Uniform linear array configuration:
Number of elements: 12
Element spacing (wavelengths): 0.25
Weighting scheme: hann
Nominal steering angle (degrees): -45
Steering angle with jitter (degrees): -45.064
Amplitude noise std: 0.05
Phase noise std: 0.05

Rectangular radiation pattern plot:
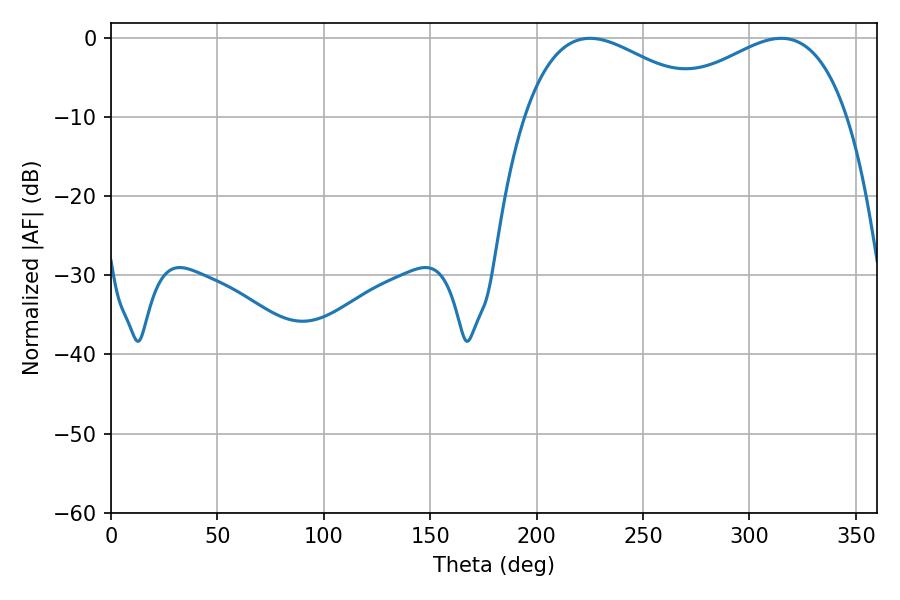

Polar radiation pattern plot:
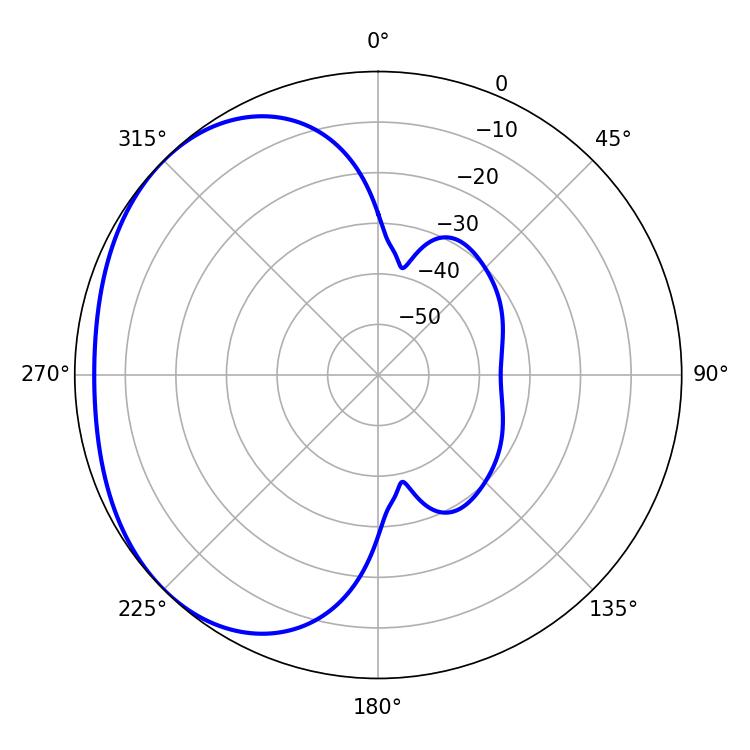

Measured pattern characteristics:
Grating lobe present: FALSE
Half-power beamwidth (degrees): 48.6
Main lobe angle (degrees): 225